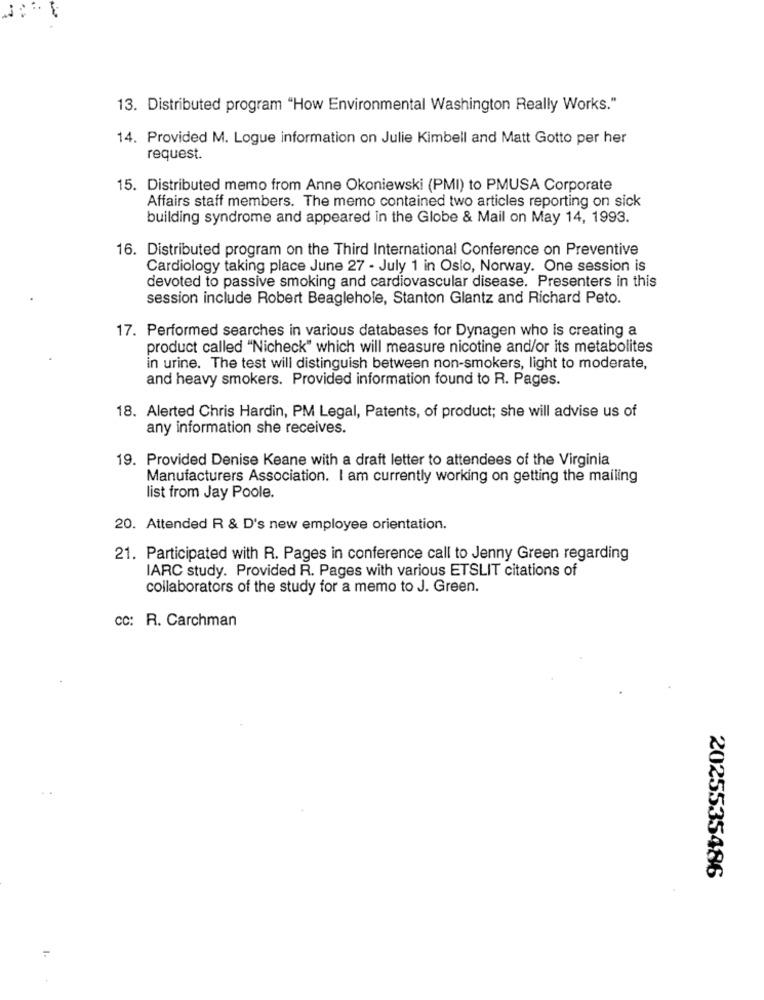
13. Distributed program "How Environmental Washington Really Works."
14. Provided M. Logue information on Julie Kimbell and Matt Gotto per her
request.
15. Distributed memo from Anne Okoniewski (PMI) to PMUSA Corporate
Affairs staff members. The memo contained two articles reporting on sick
building syndrome and appeared in the Globe & Mail on May 14, 1993.
16. Distributed program on the Third International Conference on Preventive
Cardiology taking place June 27 - July 1 in Oslo, Norway. One session is
devoted to passive smoking and cardiovascular disease. Presenters in this
session include Robert Beaglehole, Stanton Glantz and Richard Peto.
17. Performed searches in various databases for Dynagen who is creating a
product called "Nicheck" which will measure nicotine and/or its metabolites
in urine. The test will distinguish between non-smokers, light to moderate,
and heavy smokers. Provided information found to R. Pages.
18. Alerted Chris Hardin, PM Legal, Patents, of product; she will advise us of
any information she receives.
19. Provided Denise Keane with a draft letter to attendees of the Virginia
Manufacturers Association. I am currently working on getting the mailing
list from Jay Poole.
20. Attended R & D's new employee orientation.
21. Participated with R. Pages in conference call to Jenny Green regarding
IARC study. Provided R. Pages with various ETSLIT citations of
collaborators of the study for a memo to J. Green.
cc: R. Carchman
2025535486